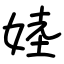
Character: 㛬